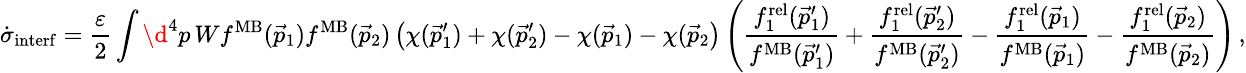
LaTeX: \small\dot{\sigma}_{\mathrm{interf}}=\frac{\varepsilon}{2}\int\d^{4}p\, Wf^{\mathrm{MB}}(\vec{p}_{1})f^{\mathrm{MB}}(\vec{p}_{2})\left(\chi(\vec{p}_{1}^{\prime})+\chi(\vec{p}_{2}^{\prime})-\chi(\vec{p}_{1})-\chi(\vec{p}_{2}\right)\left(\frac{f_{1}^{\mathrm{rel}}(\vec{p}_{1}^{\prime})}{f^{\mathrm{MB}}(\vec{p}_{1}^{\prime})}+\frac{f_{1}^{\mathrm{rel}}(\vec{p}_{2}^{\prime})}{f^{\mathrm{MB}}(\vec{p}_{2}^{\prime})}-\frac{f_{1}^{\mathrm{rel}}(\vec{p}_{1})}{f^{\mathrm{MB}}(\vec{p}_{1})}-\frac{f_{1}^{\mathrm{rel}}(\vec{p}_{2})}{f^{\mathrm{MB}}(\vec{p}_{2})}\right)\, ,